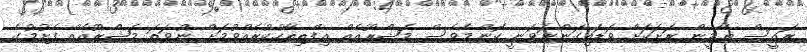
ރައީސް ޔާމީން ރަށަކަށް ވަޑައިގަންނަވަނީ ކޮންމެވެސް މަޝްރޫއެއް އިފްތިތާހުކުރެއްވުމަށް ނުވަތަ މަޝްރޫއެއް ފެށުމުގެ